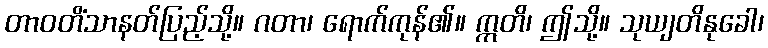
တာဝတိံသာနတ်ပြည့်သို့။ ဂတာ၊ ရောက်ကုန်၏။ ဣတိ၊ ဤသို့။ သုယျတိနုခေါ၊